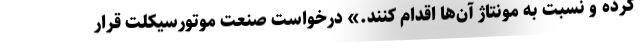
کرده و نسبت به مونتاژ آن‌ها اقدام کنند.» درخواست صنعت موتورسیکلت قرار